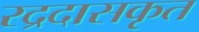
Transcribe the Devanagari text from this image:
रद्रदासकृत